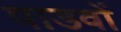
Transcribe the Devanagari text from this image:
पाडवों